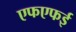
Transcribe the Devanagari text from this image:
एफएफई